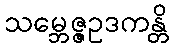
သမ္ဘေဇ္ဇဥဒကန္တိ